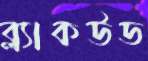
ব্ল্যাকউড